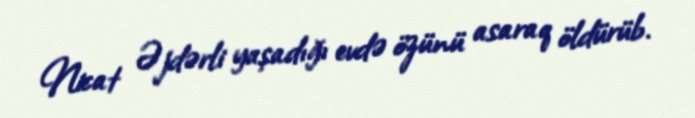
Nicat Əjdərli yaşadığı evdə özünü asaraq öldürüb.